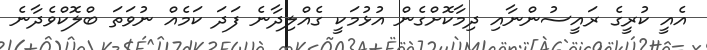
އެއީ ކުރީގެ ރައީސުންނާއި ދިމާކޮށްގެން އުޅުމަކީ ގެއްލިދާނެ ފަދަ ކަމެއް ނުވަތަ ބްލޮކްވެދާނެ